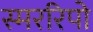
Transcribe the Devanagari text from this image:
स्मररिपो